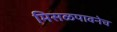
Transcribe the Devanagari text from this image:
मिसळपावनेच